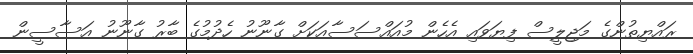
ރައްޔިތުންގެ މަޖިލީސް ފިޔަވައި އެހެން މުއައްސަސާއަކަށް ގާނޫނު ހެދުމުގެ ބާރު ގާނޫނު އަސާސީން